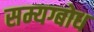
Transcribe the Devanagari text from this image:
सम्यग्बोध